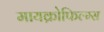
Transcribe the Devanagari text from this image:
मायक्रोफिल्म्स